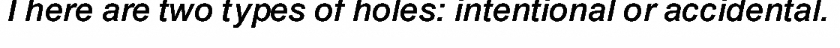
There are two types of holes: intentional or accidental.